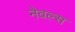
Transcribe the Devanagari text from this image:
नेवल्स